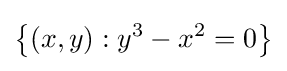
\left\{(x,y):y^{3}-x^{2}=0\right\}